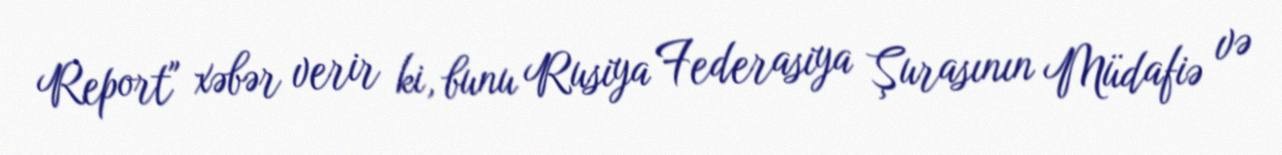
Report" xəbər verir ki, bunu Rusiya Federasiya Şurasının Müdafiə və